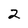
Character: 2